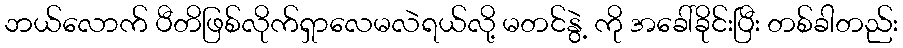
ဘယ်လောက် ပီတိဖြစ်လိုက်ရှာလေမလဲရယ်လို့ မတင်နွဲ့ ကို အခေါ်ခိုင်းပြီး တစ်ခါတည်း